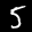
Label: 5